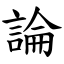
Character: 論